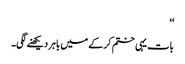
‘‘
بات یہی ختم کرکے میں باہر دیکھنے لگی۔